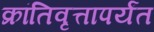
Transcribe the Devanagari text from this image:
क्रांतिवृत्तापर्यंत